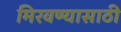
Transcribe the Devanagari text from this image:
मिरवण्यासाठी